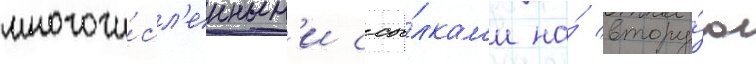
многочи́сл'енным'и ссы́лкам'и на́ втору́ю